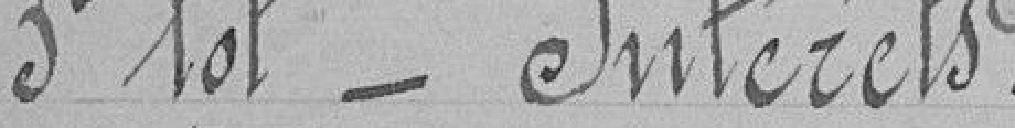
3e lot - Intérêts